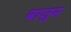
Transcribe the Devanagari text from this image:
बाजुन